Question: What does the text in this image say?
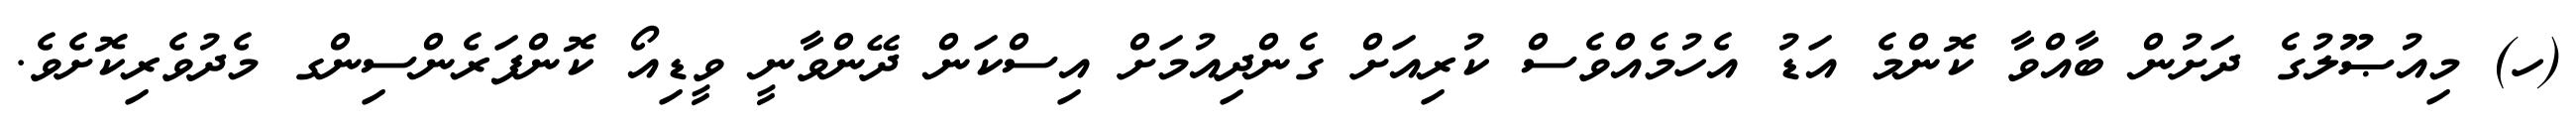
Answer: (ހ) މިއުޞޫލުގެ ދަށުން ބާއްވާ ކޮންމެ އަޑު އެހުމެއްވެސް ކުރިއަށް ގެންދިއުމަށް އިސްކަން ދޭންވާނީ ވީޑިއޯ ކޮންފަރެންސިންގ މެދުވެރިކޮށެވެ.